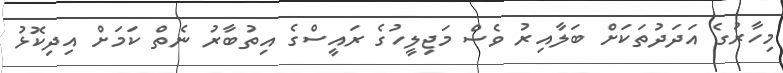
މިހާރުގެ އަދަދުތަކަށް ބަލާއިރު ވެސް މަޖިލީހުގެ ރައީސްގެ އިތުބާރު ނެތް ކަމަށް އިދިކޮޅު